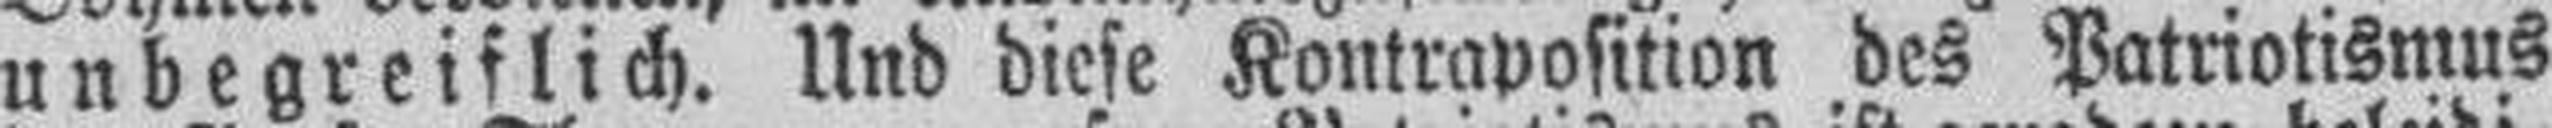
unbegreiflich. Und diese Kontraposition des Patriotismus